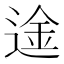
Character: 𮷢